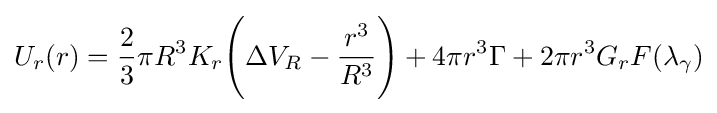
U_{r}(r)={\frac {2}{3}}\pi R^{3}K_{r}{\Biggl (}\Delta V_{R}-{\frac {r^{3}}{R^{3}}}{\Biggl )}+4\pi r^{3}\Gamma +2\pi r^{3}G_{r}F(\lambda _{\gamma })